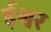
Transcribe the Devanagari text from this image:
र्इश्वर